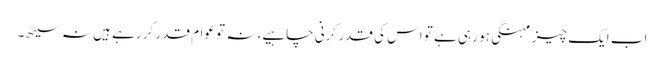
اب ایک چیز مہنگی ہو رہی ہے تو اس کی قدر کرنی چاہیے، نہ تو عوام قدر کر رہے ہیں نہ سیٹھ۔